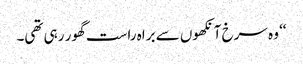
‘‘ وہ سرخ آنکھوں سے براہ راست گھور رہی تھی۔